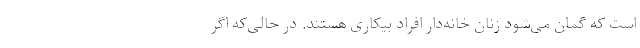
است که گمان می‌شود زنان خانه‌دار افراد بیکاری هستند. در حالی‌که اگر